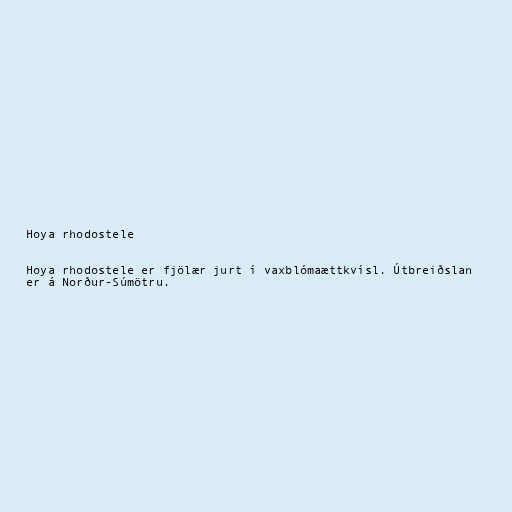
Hoya rhodostele

Hoya rhodostele er fjölær jurt í vaxblómaættkvísl. Útbreiðslan
er á Norður-Súmötru.